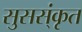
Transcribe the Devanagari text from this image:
सुसस्ंकृत